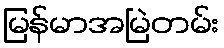
မြန်မာအမြဲတမ်း